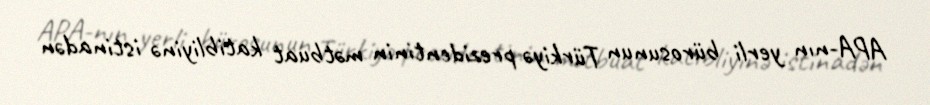
APA-nın yerli bürosunun Türkiyə prezidentinin mətbuat katibliyinə istinadən